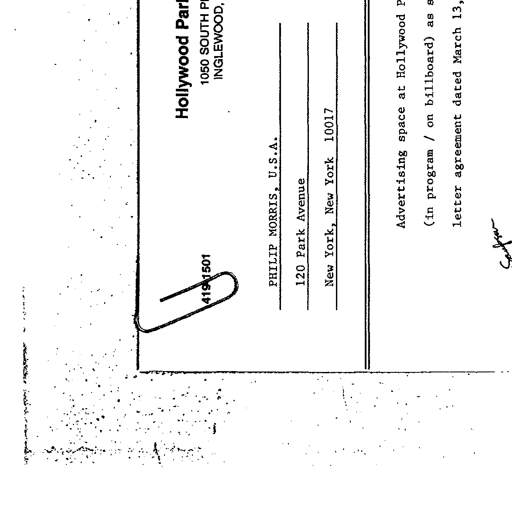
Hollywood Park
1050 SOUTH PRAIRIE AVENUE
INGLEWOOD, CALIFORNIA 90306
4191501
PHILIP MORRIS, U.S.A.
120 Park Avenue
New York, New York 10017
Advertising space at Hollywood Park
(in program / on billboard) as specified in
letter agreement dated March 13, 1974.
Sampson